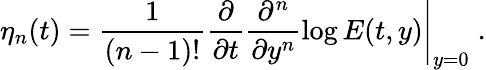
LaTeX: \eta_{n}(t)=\frac{1}{(n-1)!}\left.\frac{\partial}{\partial t}\frac{\partial^{n}}{\partial y^{n}}\log{E(t,y)}\right|_{y=0}\; .